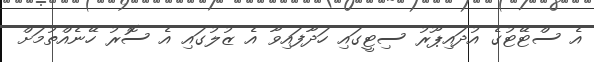
އެ ސްޓޭޓުގެ އުދައިޕޫރު ސިޓީގައި ހަދާފައިވާ އެ ޒުލުގައި އެ ސޮރު ހޭނެއްތުމަށް